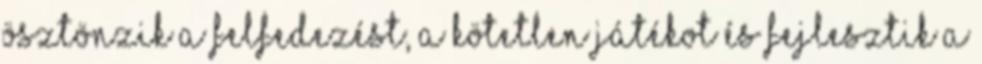
ösztönzik a felfedezést, a kötetlen játékot és fejlesztik a